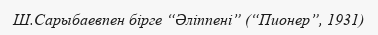
Ш.Сарыбаевпен бірге “Әліппені” (“Пионер”, 1931)